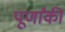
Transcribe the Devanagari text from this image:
पूर्णांकी